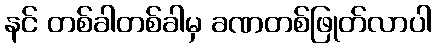
နင် တစ်ခါတစ်ခါမှ ခဏတစ်ဖြုတ်လာပါ